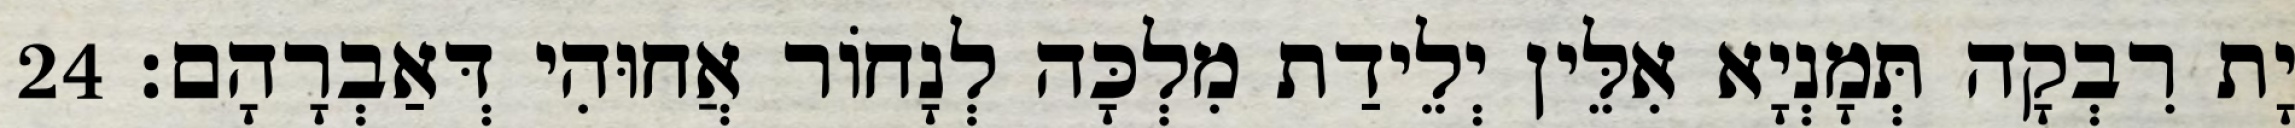
יָת רִבְקָה תְּמָנְיָא אִלֵּין יְלֵידַת מִלְכָּה לְנָחוֹר אֲחוּהִי דְּאַבְרָהָם׃ 24